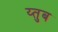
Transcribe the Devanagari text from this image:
य्तुब